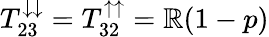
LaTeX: T_{23}^{\downarrow\downarrow}=T_{32}^{\uparrow\uparrow}=\mathbb{R}(1-p)